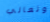
وتعالي